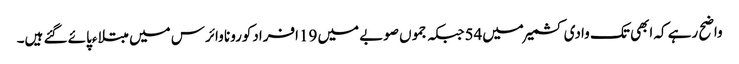
واضح رہے کہ ابھی تک وادی کشمیر میں54جبکہ جموں صوبے میں 19افرادکورونا وائرس میں مبتلاءپائے گئے ہیں۔